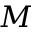
\boldsymbol { M }